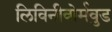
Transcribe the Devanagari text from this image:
लिविनीवोर्मवुड